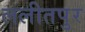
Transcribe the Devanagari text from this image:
ललीतपुर